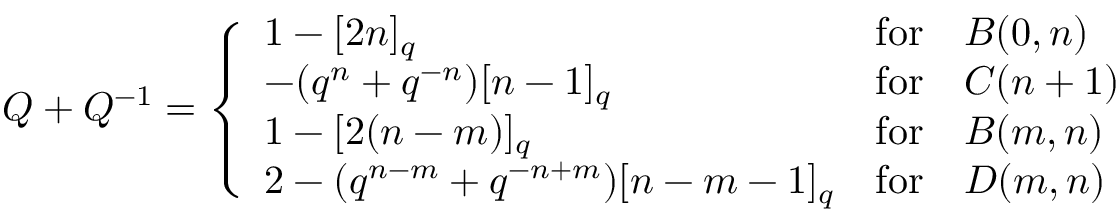
Q + Q ^ { - 1 } = \left\{ \begin{array} { l l l } { { 1 - [ 2 n ] _ { q } } } & { { \mathrm { f o r } } } & { { B ( 0 , n ) } } \\ { { - ( q ^ { n } + q ^ { - n } ) [ n - 1 ] _ { q } } } & { { \mathrm { f o r } } } & { { C ( n + 1 ) } } \\ { { 1 - [ 2 ( n - m ) ] _ { q } } } & { { \mathrm { f o r } } } & { { B ( m , n ) } } \\ { { 2 - ( q ^ { n - m } + q ^ { - n + m } ) [ n - m - 1 ] _ { q } } } & { { \mathrm { f o r } } } & { { D ( m , n ) } } \end{array} \right.